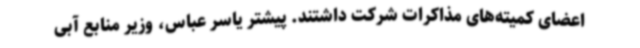
اعضای کمیته‌های مذاکرات شرکت داشتند. پیشتر یاسر عباس، وزیر منابع آبی